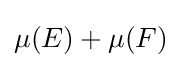
\mu (E)+\mu (F)